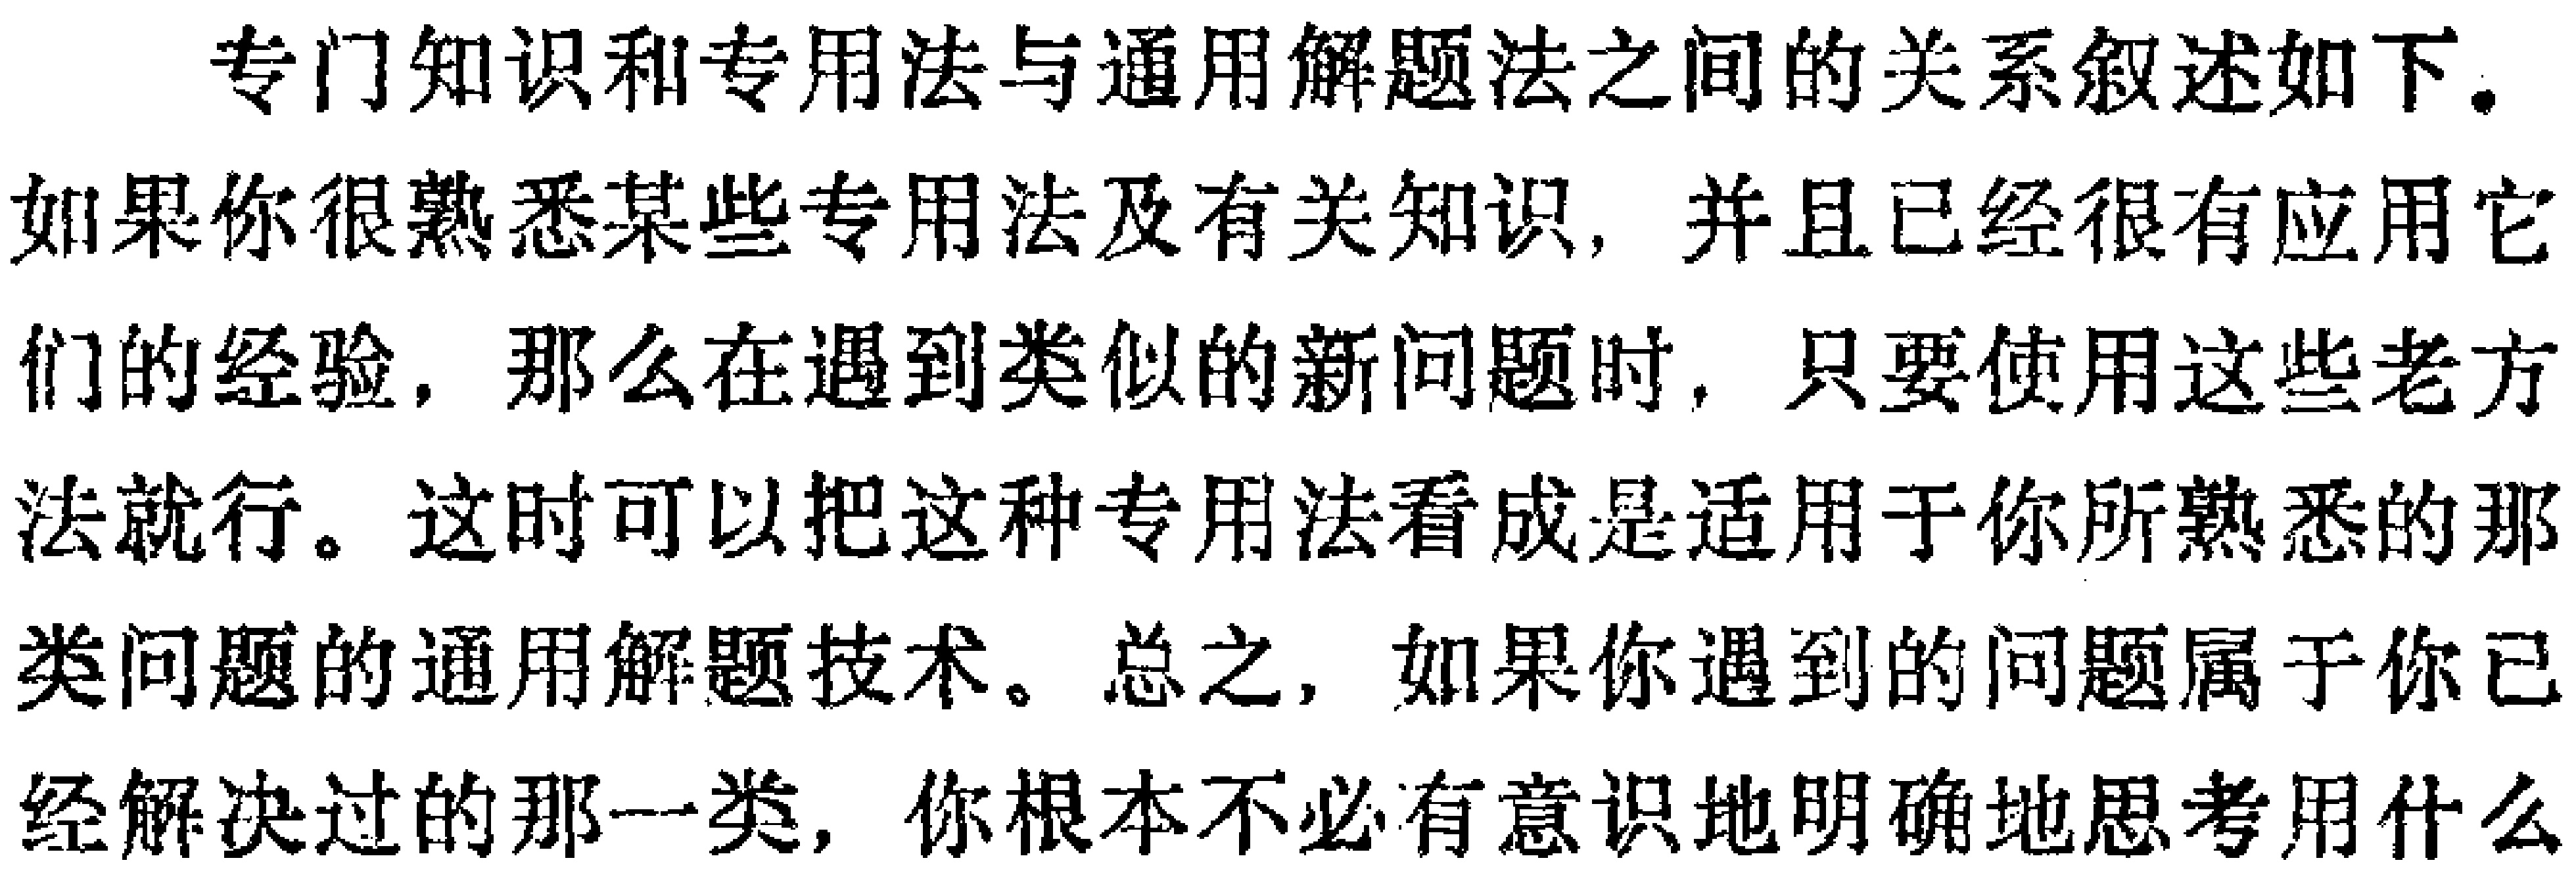
专门知识和专用法与通用解题法之间的关系叙述如下。如果你很熟悉某些专用法及有关知识，并且已经很有应用它们的经验，那么在遇到类似的新问题时，只要使用这些老方法就行。这时可以把这种专用法看成是适用于你所熟悉的那类问题的通用解题技术。总之，如果你遇到的问题属于你已经解决过的那一类，你根本不必有意识地明确地思考用什么